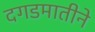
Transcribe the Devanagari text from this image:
दगडमातीने